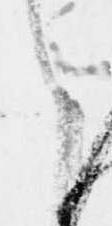
ら